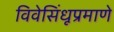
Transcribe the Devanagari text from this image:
विवेसिंधूप्रमाणे